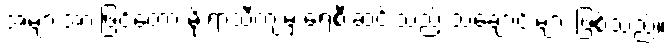
အများအားဖြင့်တော့ မိုးရာသီကျမှ ရေစီးဆင်းသည့် သဲချောင်းများ ဖြစ်သည်။